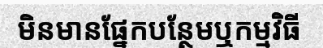
មិនមានផ្នែកបន្ថែមឬកម្មវិធី